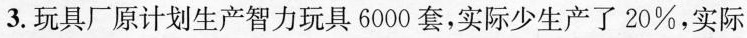
3.玩具厂原计划生产智力玩具6000套，实际少生产了20%，实际